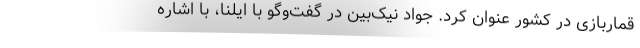
قماربازی در کشور عنوان کرد. جواد نیک‌بین در گفت‌وگو با ایلنا، با اشاره